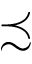
\precsim